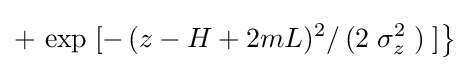
+\,\exp \;[-\,(z-H+2mL)^{2}/\,(2\;\sigma _{z}^{2}\;)\;]{\big \}}